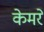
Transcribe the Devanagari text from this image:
केमरे